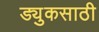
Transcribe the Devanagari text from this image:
ड्युकसाठी